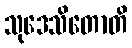
သုဒေသိတောတိ